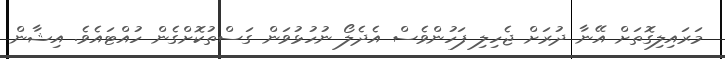
މަރައިލިގޮތަށް އޭނާ ދުރަށް ޖެހިލި ފަހުންވެސް އެދެލޯ ނުހުޅުވަން ގަސްތުކޮށްގެން ހުއްޓައެވެ. އިޝާން